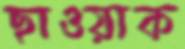
ছাওয়াক